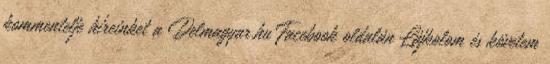
kommentelje híreinket a Delmagyar.hu Facebook oldalán Lájkolom és követem